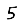
Digit: 5